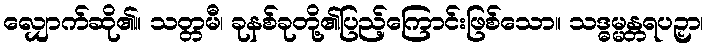
လျှောက်ဆို၏။ သတ္တမီ၊ ခုနစ်ခုတို့၏ပြည့်ကြောင်းဖြစ်သော။ သဒ္ဓမ္မန္တရပဉှာ၊